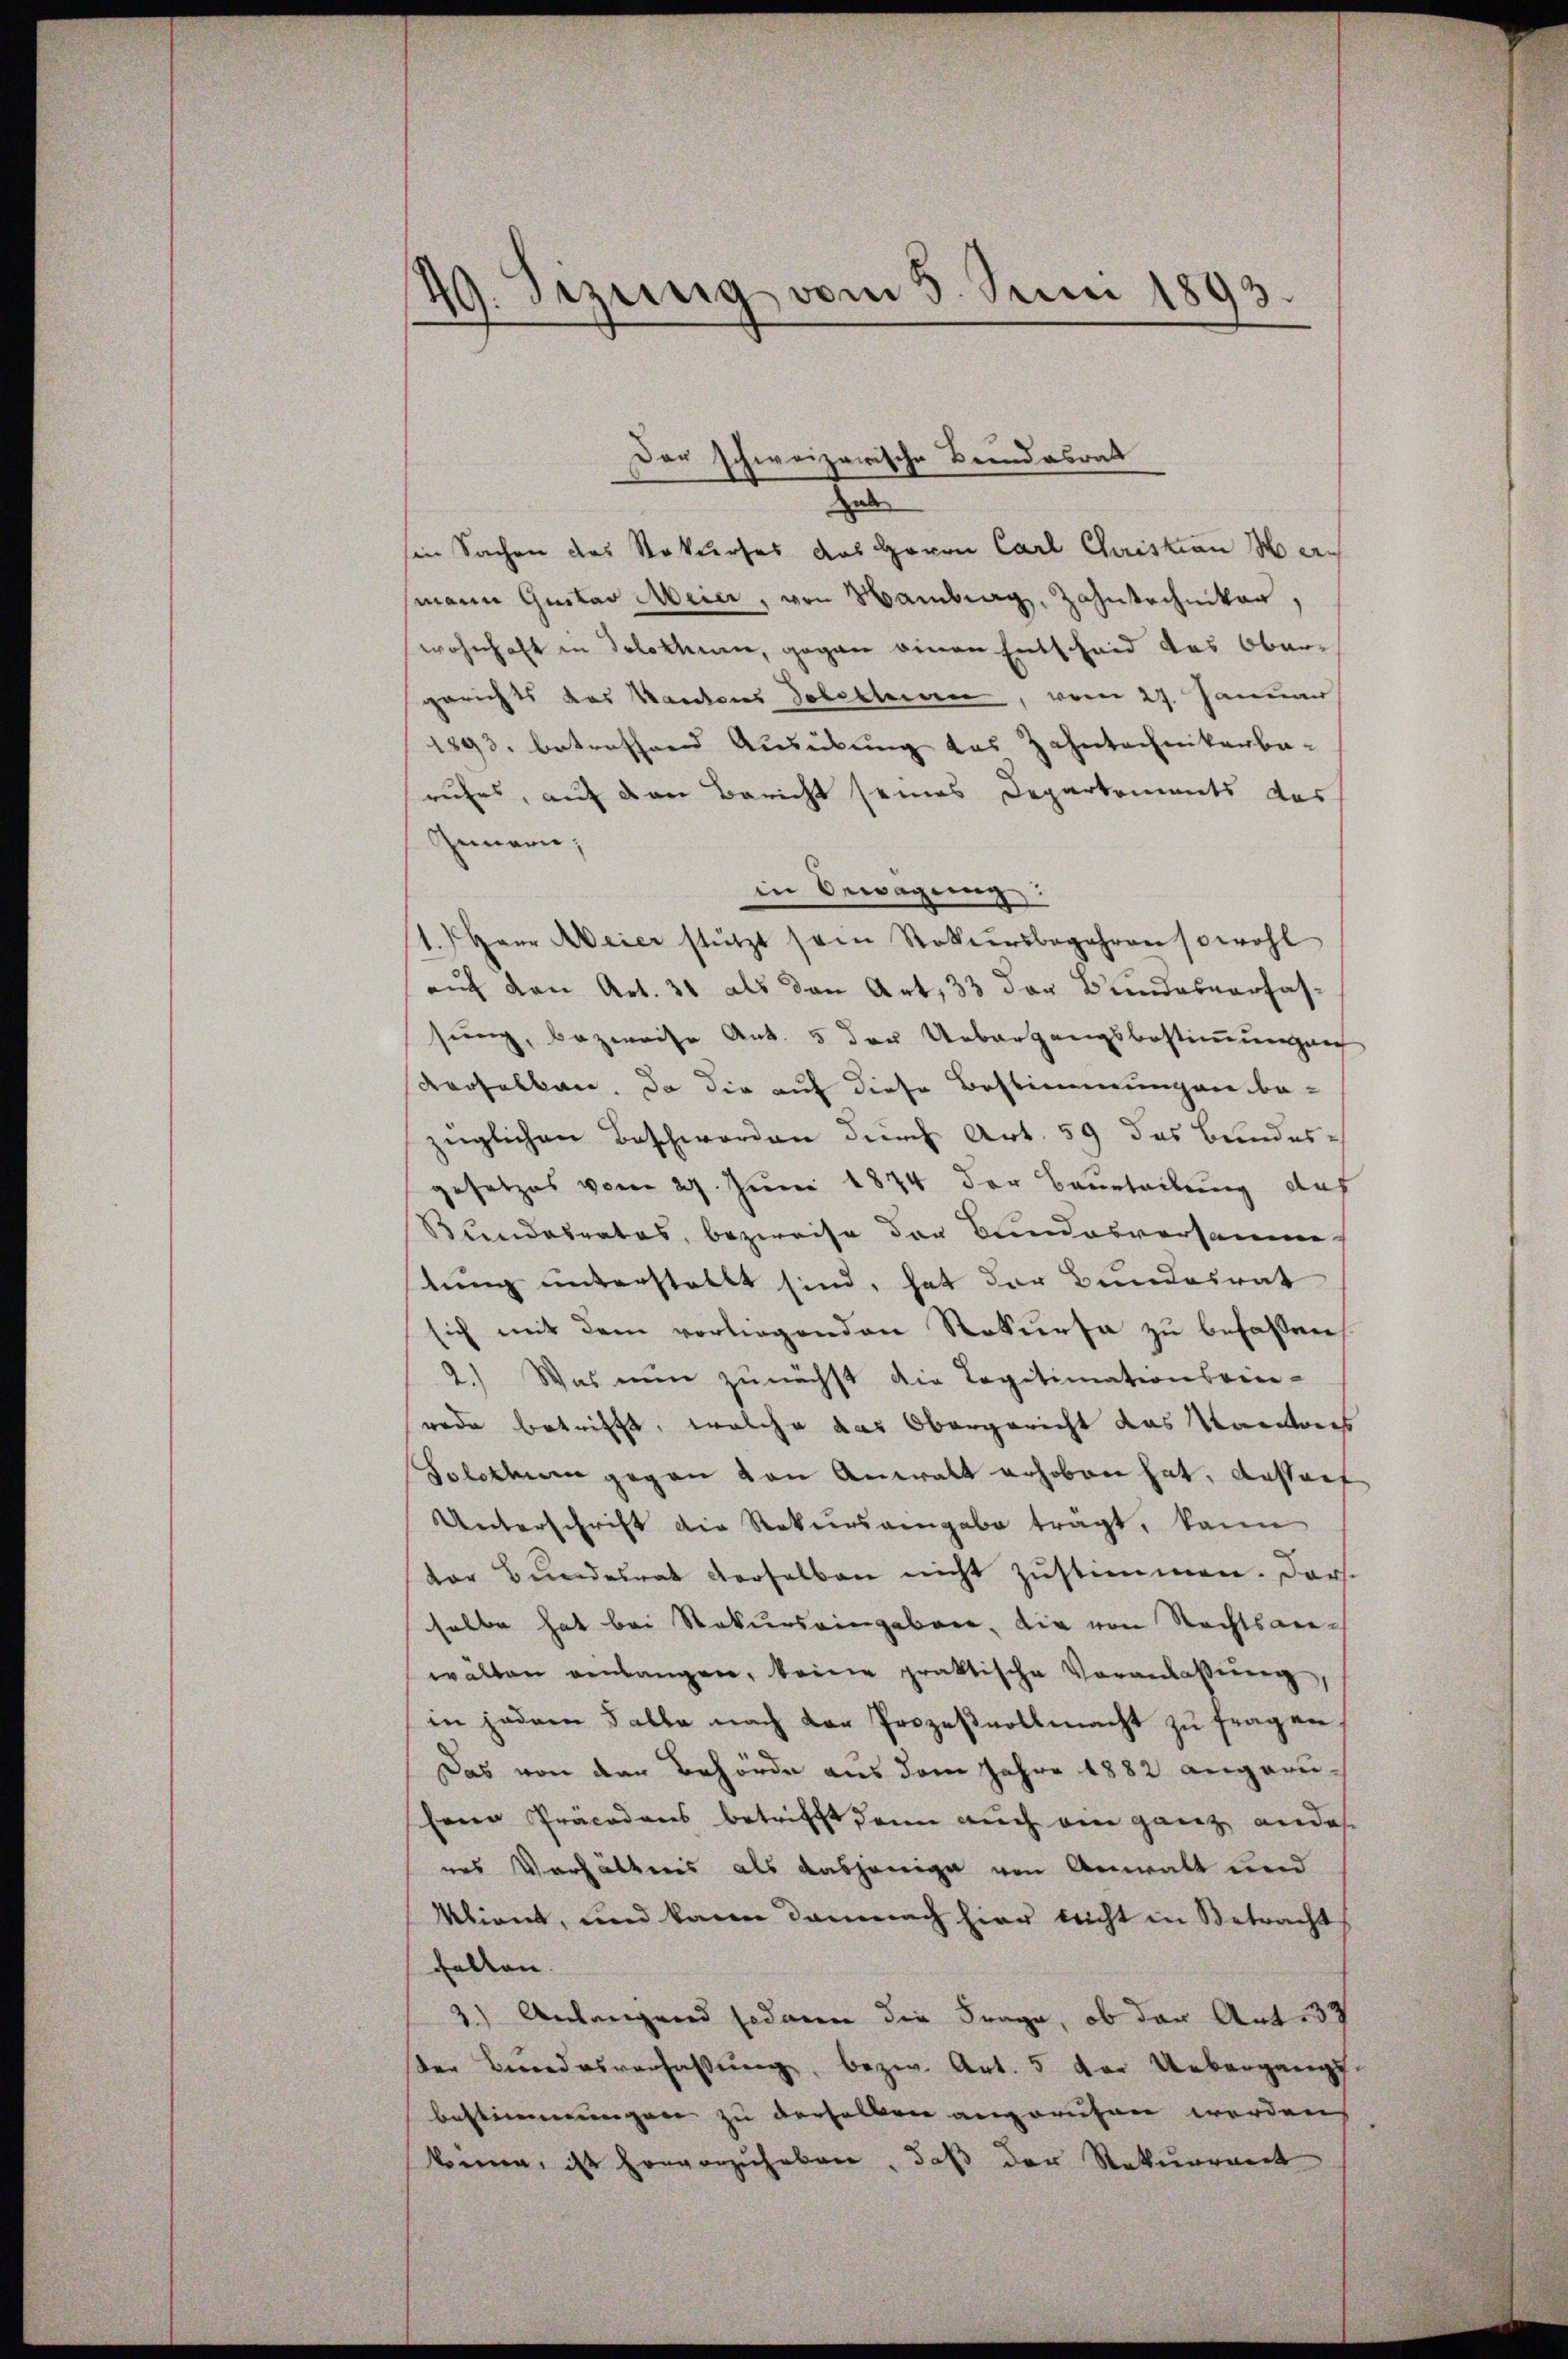
49. Sizung vom 5. Juni 1893.

Hal
sin Sachen des Rekurses das Herrn Carl Christian Mamann Gustav Meier, von Hamburg, Zahntechniker,
wohnhaft in Solothur, gegen einen Entscheid das Obergerichts das Kantons Soletten, vom 27. Januar
1893. betreffend Ausübung das Zahntechnikerbarufes, auf den Bericht seines Departeits das
Gemein,
in Bewegung
1.) Herr Meier stützt sein Rekursbegehren sowohl
auf den Art. 31 als den Art, 33 der Bundesverfas-
sung, bezweife Art. 5 der Uebergangsbestimmungen
Korsalkan. Da die auf diese Bestimmungen be-
züglichen Beschworden durch Art. 59 das Bundesgesetzes vom 27. Juni 1874 der Beurteilung dah
Bundesrates, bezweife der Bundesversamme
stung unterstellt sind, hat der Bundesrat
sich mit dem vorliegenden Rekurse zu befassen,
2.) Was nun zunächst die Legitimationsrece-
rede betrifft, welche das Obergericht das Kantons
Solothur gegen von Anwalt erhoben hat. Ausarf
Unterschrift die Rekursangabe trägt, kann
dor Bŭndesrat derselben nicht zŭstimmen. Dars
halbe hat bei Rekurs eingaben, die von Rechtsanwälten einlangen, keine praktische Veranlassŭng,
in jedem Falle nach der Prozeßvollmacht zu fragen
Das von der Behörde aus dem Jahre 1882 angeruseine Präcadons betrifft, dann auch ein ganz andes
nes Verhältnis als dasjenige von Anwalt und
klient, und kann damnach hier nicht in Betracht
fallen.
3.) Anlangend sodann die Frage, ob der Ant. 32
er Bundesverfassŭng, bezw. Art. 5 der Uebergang
bestimmungen zu derselben angeruhen werden
können, ist hervorzuheben, daß der Rekurrent

Der schweizerische Brandabrat